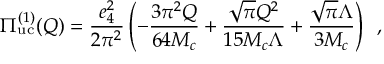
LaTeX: \int d \mathrm { P S } _ { 3 } ( t ; b l \nu ) = \frac { 1 } { 2 \pi } \int d W ^ { 2 } \int d \mathrm { P S } _ { 2 } ( t ; b W ) \int d \mathrm { P S } _ { 2 } ( W ; l \nu )